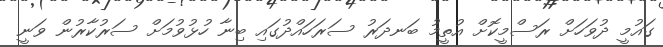
ގައުމީ ދުވަހަށް ރަސްމީކޮށް އުތީމު ބަނދަރު ސަރަހައްދުގައި ބިނާ ހުޅުވުމަށް ސަރުކާރުން ވަނީ